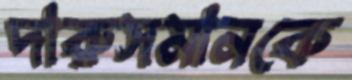
দারুসমানকে